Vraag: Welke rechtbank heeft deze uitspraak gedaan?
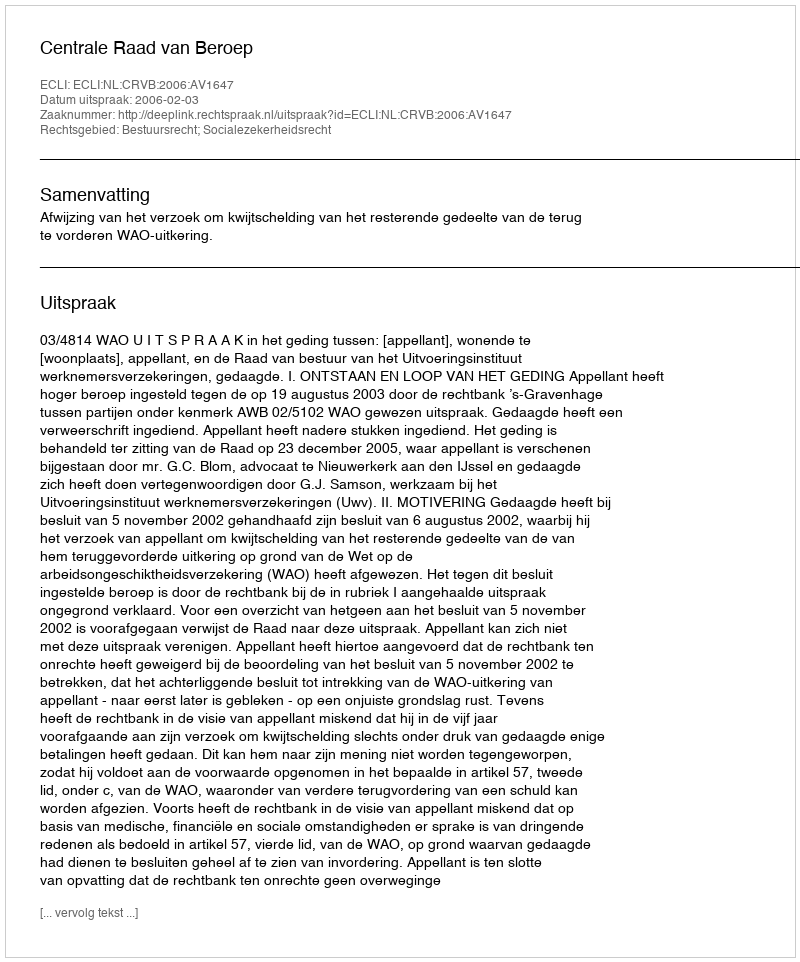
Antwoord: Centrale Raad van Beroep